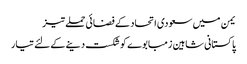
یمن میں سعودی اتحاد کے فضائی حملے تیز
پاکستانی شاہین زمبابوے کوشکست دینے کے لئے تیار